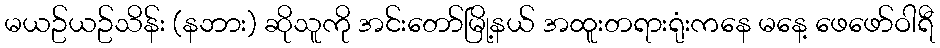
မယဥ်ယဥ်သိန်း (နဘား) ဆိုသူကို အင်းတော်မြို့နယ် အထူးတရားရုံးကနေ မနေ့ ဖေဖော်ဝါရီ